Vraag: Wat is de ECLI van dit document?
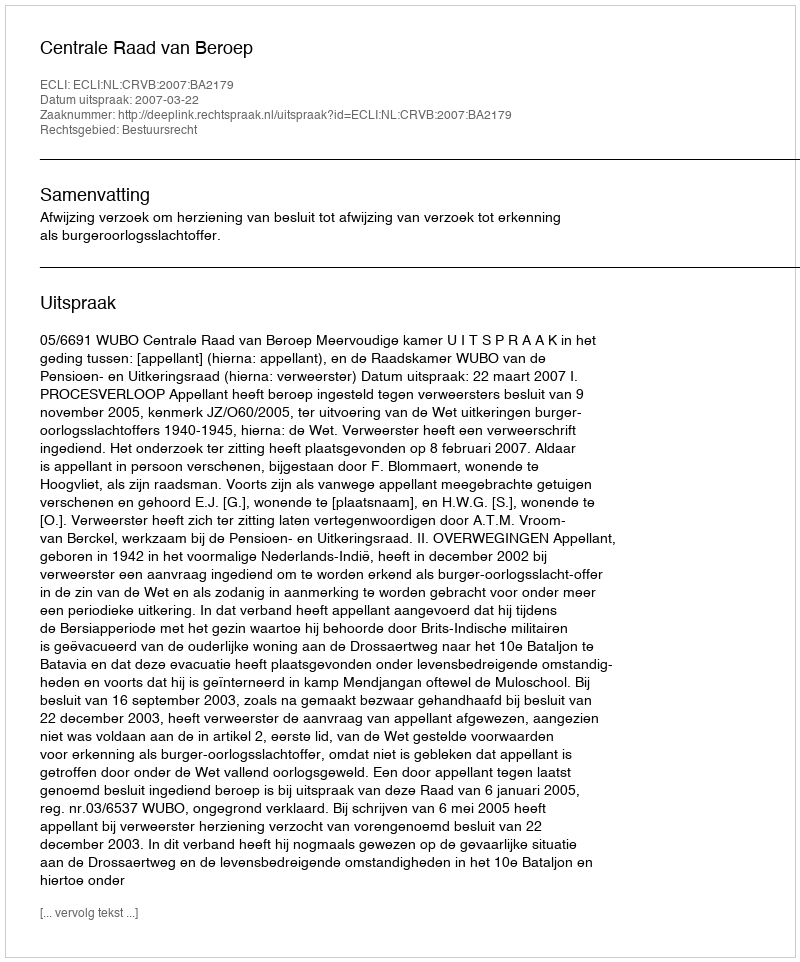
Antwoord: ECLI:NL:CRVB:2007:BA2179